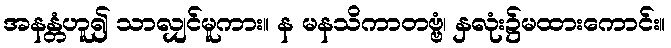
အနန္တံဟူ၍ သာလျှင်မူကား။ န မနသိကာတဗ္ဗံ၊ နှလုံး၌မထားကောင်း။